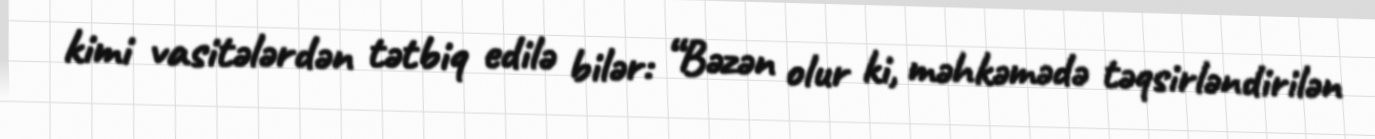
kimi vasitələrdən tətbiq edilə bilər: “Bəzən olur ki, məhkəmədə təqsirləndirilən